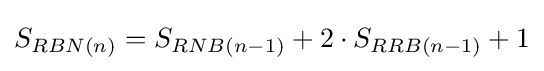
S_{RBN(n)}=S_{RNB(n-1)}+2\cdot S_{RRB(n-1)}+1